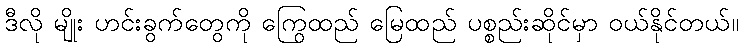
ဒီလို မျိုး ဟင်းခွက်တွေကို ကြွေထည် မြေထည် ပစ္စည်းဆိုင်မှာ ဝယ်နိုင်တယ်။